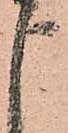
申